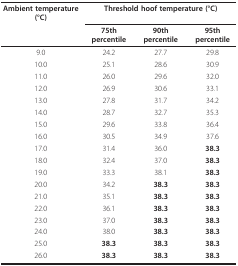
<table><thead><tr><td><b>Ambient temperature (°C)</b></td><td colspan="3"><b>Threshold hoof temperature (°C)</b></td></tr><tr><td></td><td><b>75th percentile</b></td><td><b>90th percentile</b></td><td><b>95th percentile</b></td></tr></thead><tbody><tr><td>9.0</td><td>24.2</td><td>27.7</td><td>29.8</td></tr><tr><td>10.0</td><td>25.1</td><td>28.6</td><td>30.9</td></tr><tr><td>11.0</td><td>26.0</td><td>29.6</td><td>32.0</td></tr><tr><td>12.0</td><td>26.9</td><td>30.6</td><td>33.1</td></tr><tr><td>13.0</td><td>27.8</td><td>31.7</td><td>34.2</td></tr><tr><td>14.0</td><td>28.7</td><td>32.7</td><td>35.3</td></tr><tr><td>15.0</td><td>29.6</td><td>33.8</td><td>36.4</td></tr><tr><td>16.0</td><td>30.5</td><td>34.9</td><td>37.6</td></tr><tr><td>17.0</td><td>31.4</td><td>36.0</td><td><b>38.3</b></td></tr><tr><td>18.0</td><td>32.4</td><td>37.0</td><td><b>38.3</b></td></tr><tr><td>19.0</td><td>33.3</td><td>38.1</td><td><b>38.3</b></td></tr><tr><td>20.0</td><td>34.2</td><td><b>38.3</b></td><td><b>38.3</b></td></tr><tr><td>21.0</td><td>35.1</td><td><b>38.3</b></td><td><b>38.3</b></td></tr><tr><td>22.0</td><td>36.1</td><td><b>38.3</b></td><td><b>38.3</b></td></tr><tr><td>23.0</td><td>37.0</td><td><b>38.3</b></td><td><b>38.3</b></td></tr><tr><td>24.0</td><td>38.0</td><td><b>38.3</b></td><td><b>38.3</b></td></tr><tr><td>25.0</td><td><b>38.3</b></td><td><b>38.3</b></td><td><b>38.3</b></td></tr><tr><td>26.0</td><td><b>38.3</b></td><td><b>38.3</b></td><td><b>38.3</b></td></tr></tbody></table>